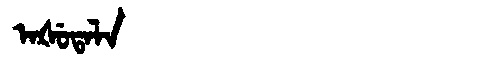
Manchu: ᠠᡧᡠᡨᠠᠯᠠ
Romanization: AŠUTALA